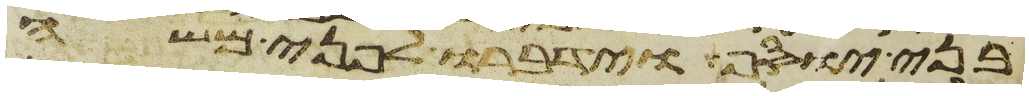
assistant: בני יוסף וידברו לפני משה